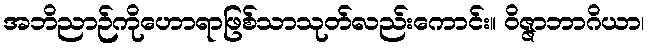
အဘိညာဉ်ကိုဟောရာဖြစ်သာသုတ်လည်းကောင်း။ ဝိဇ္ဇာဘာဂိယာ၊